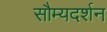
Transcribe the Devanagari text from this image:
सौम्यदर्शन